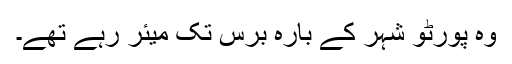
وہ پورٹو شہر کے بارہ برس تک میئر رہے تھے۔